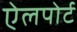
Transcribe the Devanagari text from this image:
ऐलपोर्ट